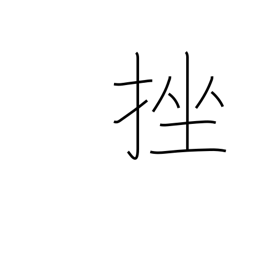
Meaning: break